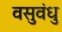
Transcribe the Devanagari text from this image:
वसुवंधु